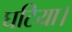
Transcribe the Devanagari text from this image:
घटिया।